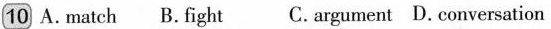
10 A.match B.fight C.argument D. conversation